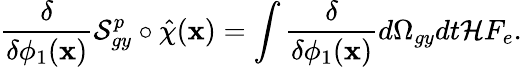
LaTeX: \frac{\delta}{\delta\phi_{1}(\textbf{x})}\mathcal{S}_{gy}^{p}\circ\hat{\chi}(\textbf{x})=\int\frac{\delta}{\delta\phi_{1}(\textbf{x})}d\Omega_{gy}dt\mathcal{H}F_{e}.